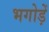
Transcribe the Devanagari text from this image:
भगोड़ें